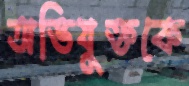
অভিযুক্তকে